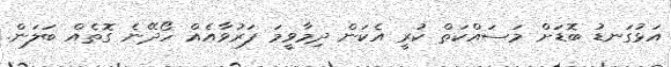
އަޅުގަނޑު ބޮޑަށް މަސައްކަތް ކުރީ އެކަން ދިމާވީމަ ފަރުވާއެއް ހޯދޭނެ ގޮތެއް ބަލަން.